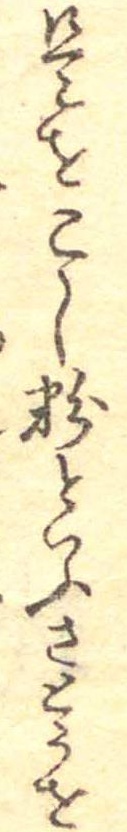
是をこし粉といふさとうを